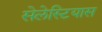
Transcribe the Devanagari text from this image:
सेलेस्टियास